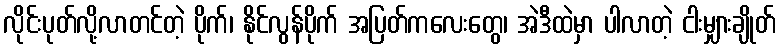
လိုင်းပုတ်လို့လာတင်တဲ့ ပိုက်၊ နိုင်လွန်ပိုက် အပြတ်ကလေးတွေ၊ အဲဒီထဲမှာ ပါလာတဲ့ ငါးမျှားချိုတ်